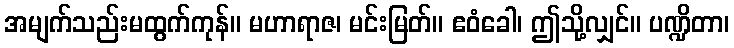
အမျက်သည်းမထွက်ကုန်။ မဟာရာဇ၊ မင်းမြတ်။ ဧဝံခေါ၊ ဤသို့လျှင်။ ပဏ္ဍိတာ၊